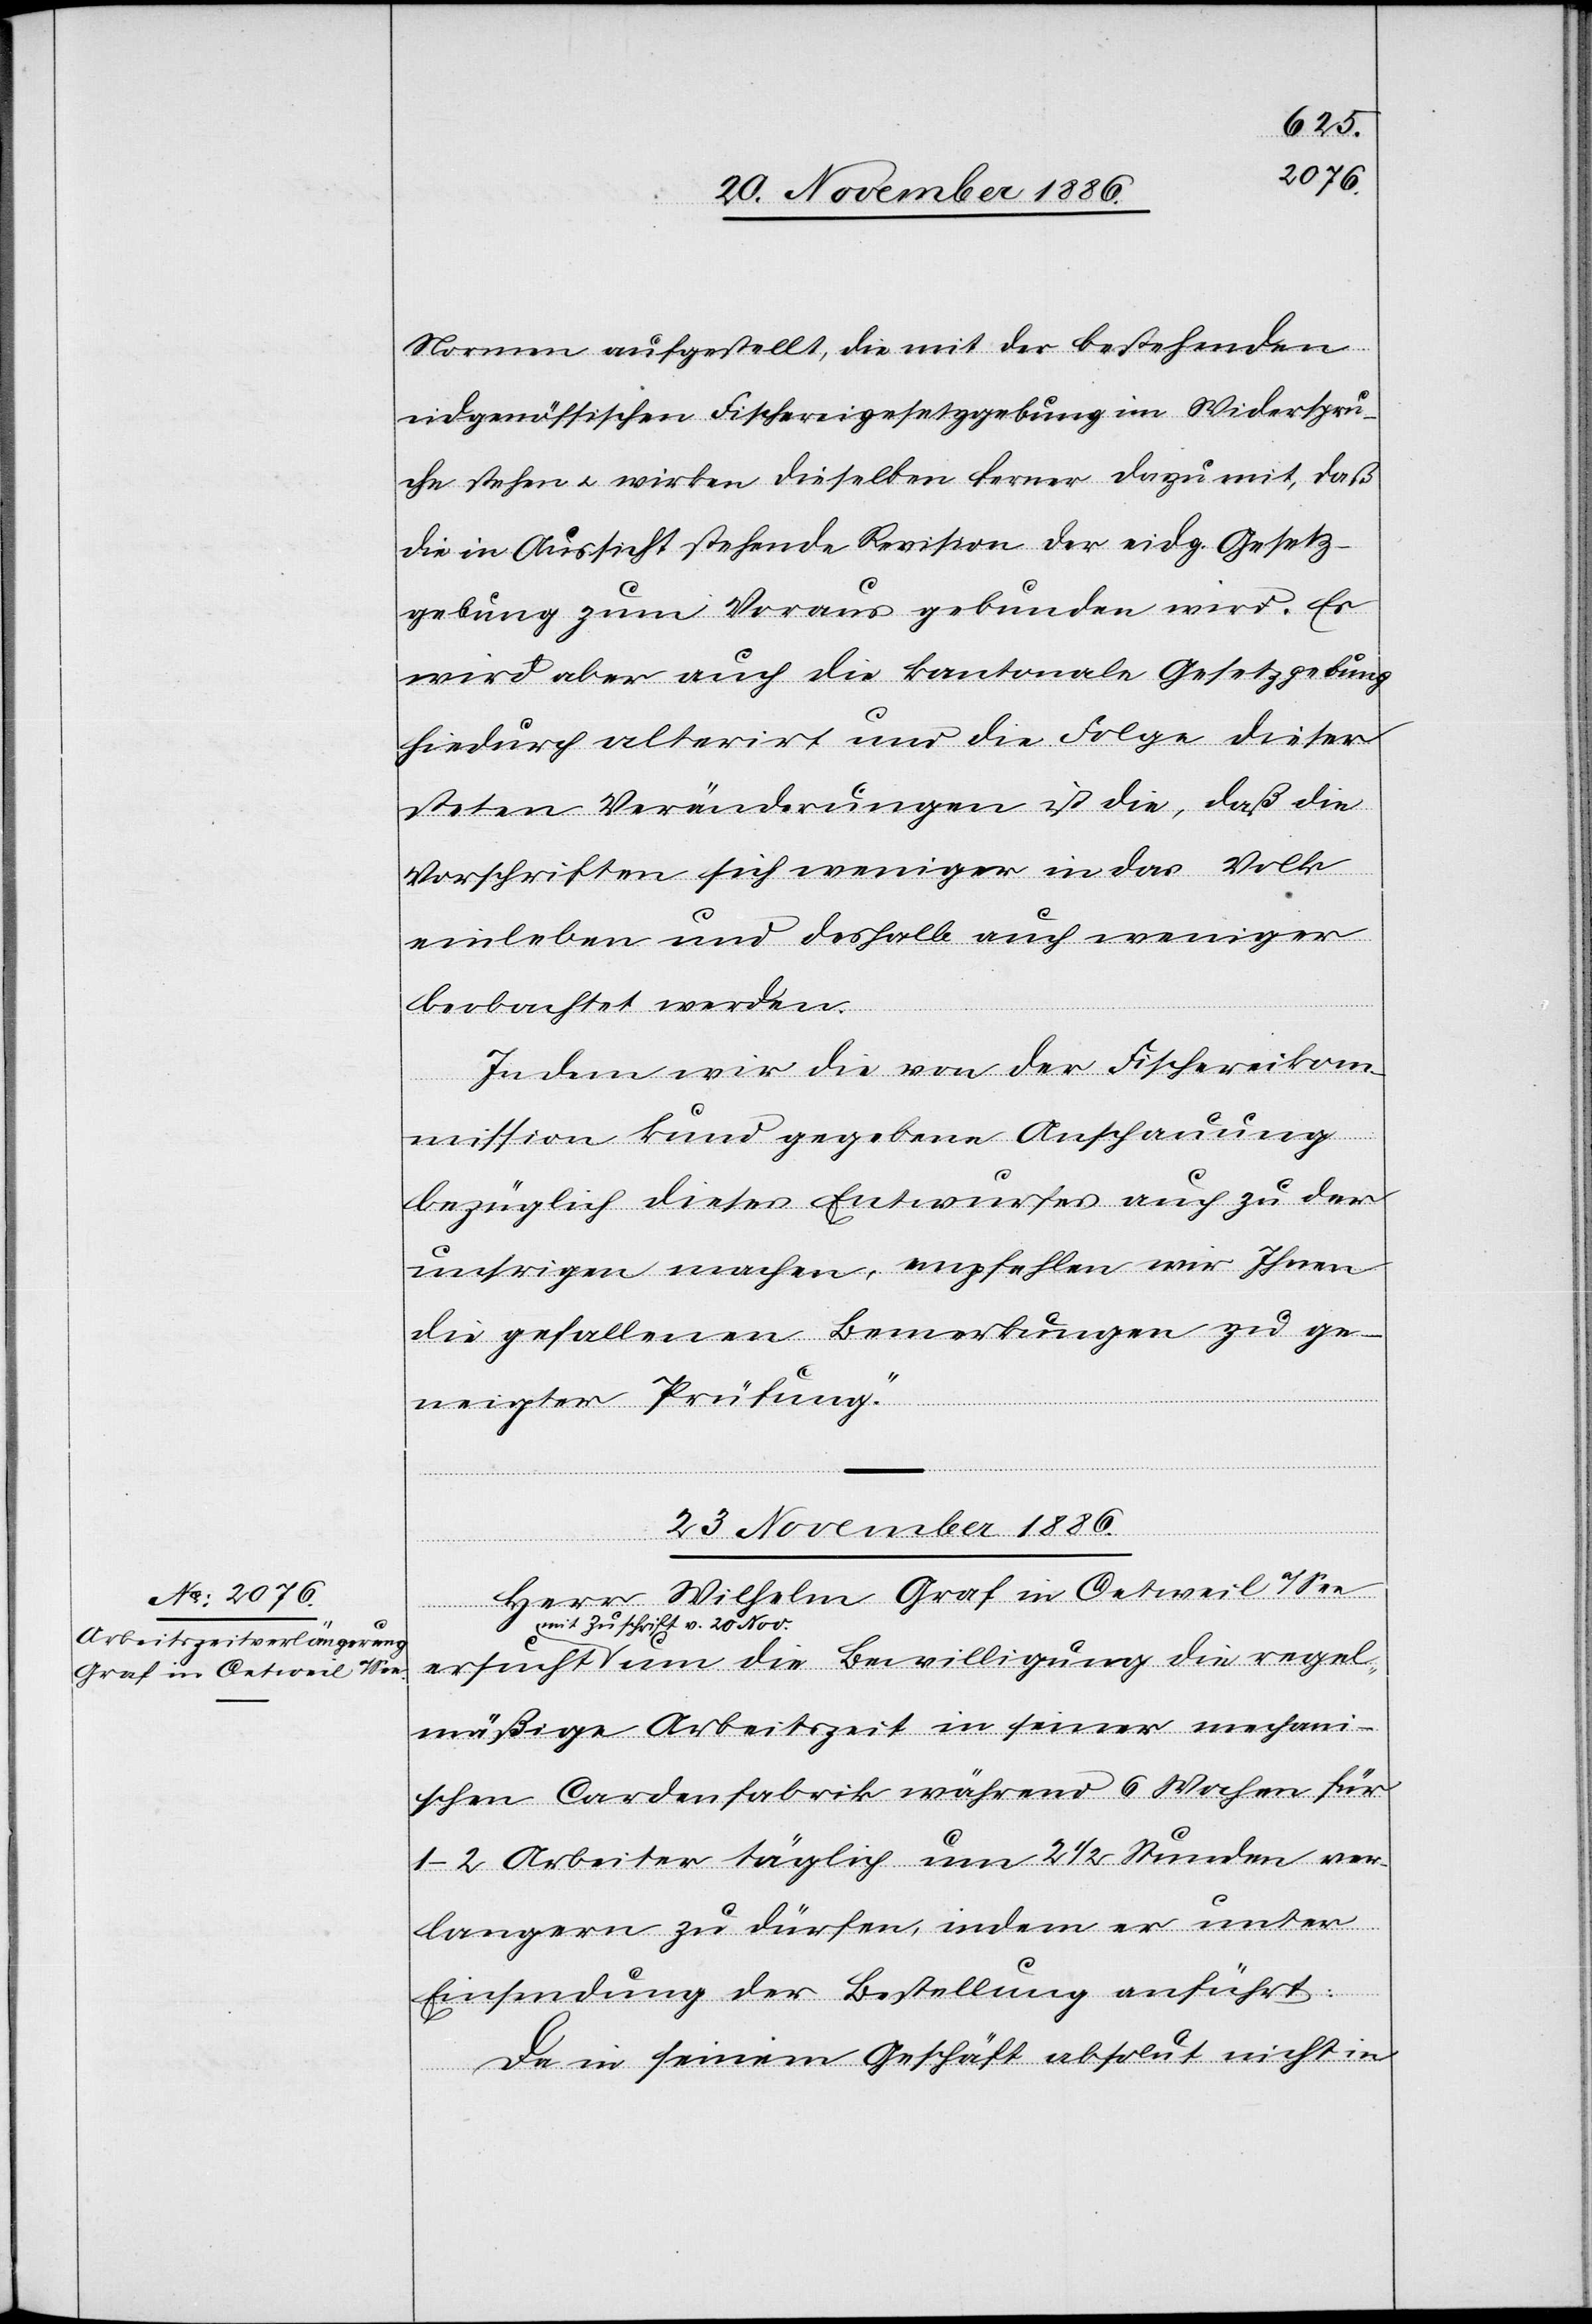
23. November 1886.
Normen aufgestellt, die mit der bestehenden
eidgenössischen Fischereigesetzgebung im Widerspru¬
che stehen & wirken dieselben ferner dazu mit, daß
die in Aussicht stehende Revision der eidg. Gesetz¬
gebung zum Voraus gebunden wird. Es
wird aber auch die kantonale Gesetzgebung
hiedurch alterirt und die Folge dieser
steten Veränderungen ist die, daß die
Vorschriften sich weniger in das Volk
einleben und deshalb auch weniger
beobachtet werden.
die regel¬
In dem wir die von der Fischereikom¬
mission kund gegebene Anschauung
bezüglich dieses Entwurfes auch zu der
unsrigen machen, empfehlen wir Ihnen
die gefallenen Bemerkungen zu ge¬
neigter Prüfung.“
Herr Wilhelm Graf in Oetweil a/See
mit Zuschrift v. 20. Nov.
mäßige Arbeitszeit in seiner mechan¬
ischen Cardenfabrik während 6 Wochen für
1–2 Arbeiter täglich um 2 1/2 Stunden ver¬
langern [sic!] zu dürfen, indem er unter
Einsendung der Bestellung anführt:
Da in seinem Geschäft absolut nicht in